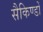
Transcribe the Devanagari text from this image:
सैकिण्डों